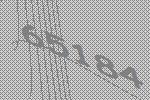
65184